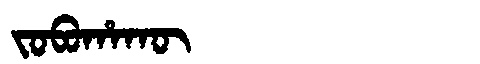
Manchu: ᠵᠣᠪᠣᡥᠠᡴᡡ
Romanization: JOBOHAKŪ